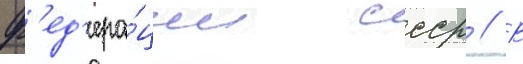
ф'ед'ера́ции ссср // В